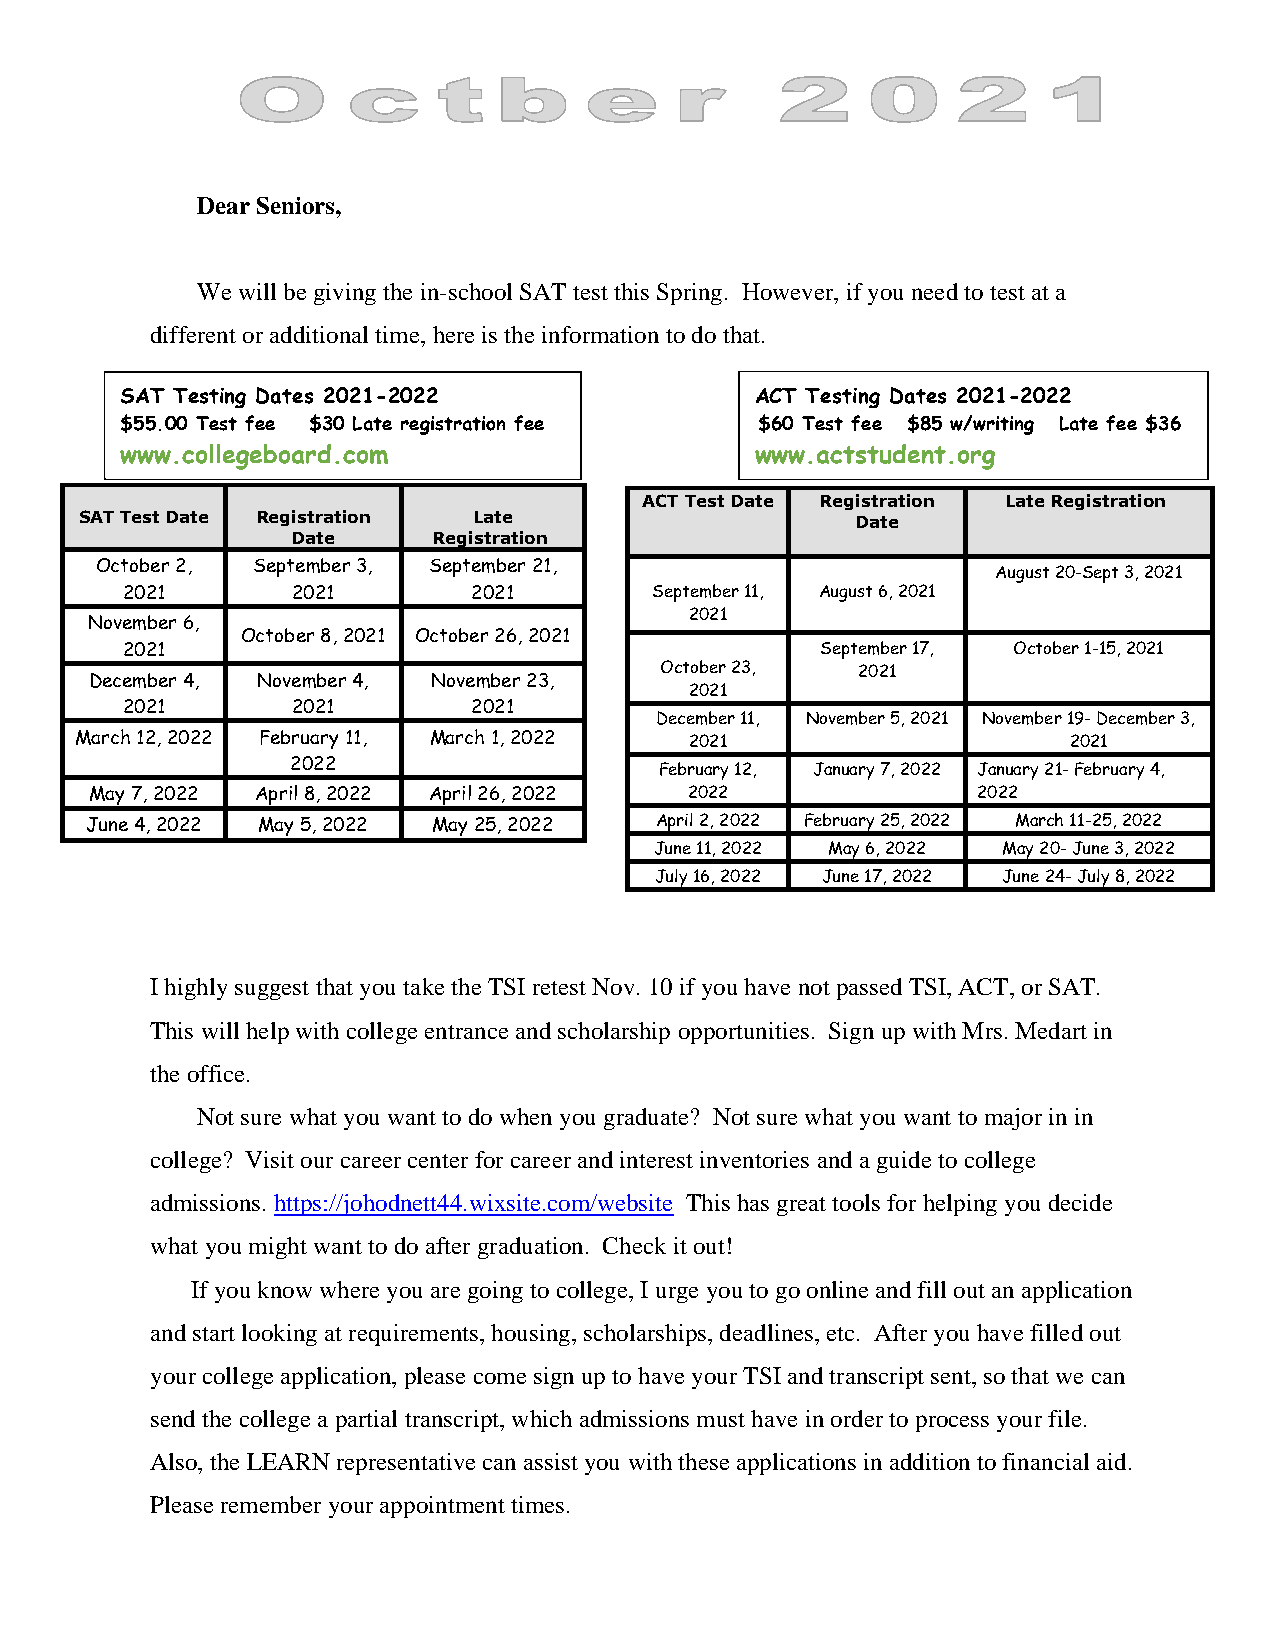
Dear Seniors,
 We will be giving the in-school SAT test this Spring. However, if you need to test at a
 different or additional time, here is the information to do that.
 SAT Testing Dates 2021-2022               ACT Testing Dates 2021-2022
 $55.00 Test fee $30 Late registration fee $60 Test fee $85 w/writing Late fee $36
 www.collegeboard.com                      www.actstudent.org
 ACT Test Date Registration Late Registration
 SAT Test Date Registration Late                     Date
 Date      Registration
 October 2, September 3, September 21,
 August 20-Sept 3, 2021
 2021       2021        2021        September 11, August 6, 2021
 2021
 November 6,
 October 8, 2021 October 26, 2021
 2021                                          September 17, October 1-15, 2021
 October 23,  2021
 December 4, November 4, November 23,
 2021
 2021       2021        2021
 December 11, November 5, 2021 November 19- December 3,
 March 12, 2022 February 11, March 1, 2022 2021                    2021
 2022
 February 12, January 7, 2022 January 21- February 4,
 May 7, 2022 April 8, 2022 April 26, 2022 2022              2022
 June 4, 2022 May 5, 2022 May 25, 2022 April 2, 2022 February 25, 2022 March 11-25, 2022
 June 11, 2022 May 6, 2022 May 20- June 3, 2022
 July 16, 2022 June 17, 2022 June 24- July 8, 2022
 I highly suggest that you take the TSI retest Nov. 10 if you have not passed TSI, ACT, or SAT.
 This will help with college entrance and scholarship opportunities. Sign up with Mrs. Medart in
 the office.
 Not sure what you want to do when you graduate? Not sure what you want to major in in
 college? Visit our career center for career and interest inventories and a guide to college
 admissions. https://johodnett44.wixsite.com/website This has great tools for helping you decide
 what you might want to do after graduation. Check it out!
 If you know where you are going to college, I urge you to go online and fill out an application
 and start looking at requirements, housing, scholarships, deadlines, etc. After you have filled out
 your college application, please come sign up to have your TSI and transcript sent, so that we can
 send the college a partial transcript, which admissions must have in order to process your file.
 Also, the LEARN representative can assist you with these applications in addition to financial aid.
 Please remember your appointment times.